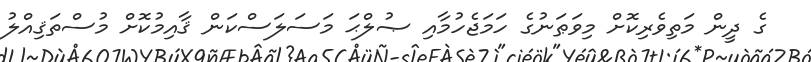
ގެ ދީން މަތިވެރިކޮށް މިވަޠަނުގެ ހަމަޖެހުމާއި ޞުލްޙަ މަސަލަސްކަން ޤާއިމުކޮށް މުސްތަޤިއްލު